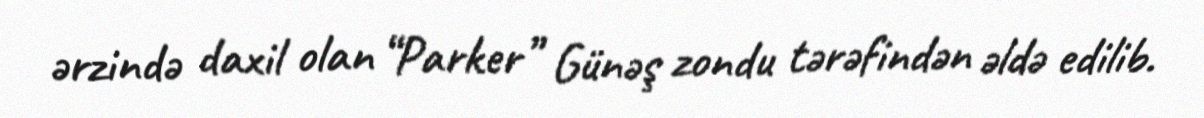
ərzində daxil olan “Parker” Günəş zondu tərəfindən əldə edilib.